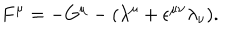
F ^ { \mu } = - G ^ { \mu } - ( { \lambda } ^ { \mu } + { \epsilon } ^ { { \mu } { \nu } } { \lambda } _ { \nu } ) .